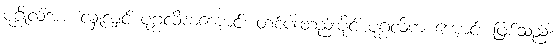
ပုဂ္ဂိုလ်အား လှူလျှင် ပုဂ္ဂလိကကျောင်း တစ်ပါးတည်းပိုင် ပုဂ္ဂလိက ကျောင်း ဖြစ်သည်။